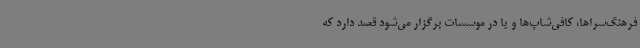
فرهنگ‌سراها، کافی‌شاپ‌ها و یا در موسسات برگزار می‌شود قصد دارد که